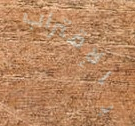
بالإقتراب